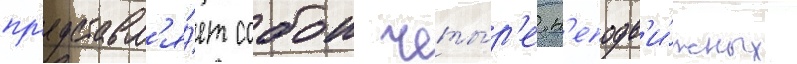
пр'едставл'я́ет собои четы́р'е н'еподв'и́жных